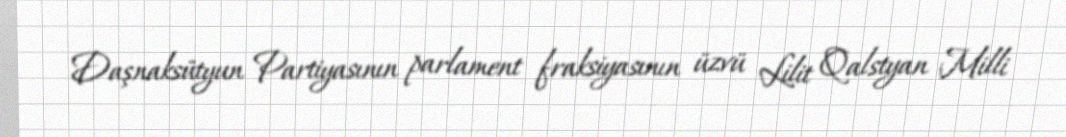
Daşnaksütyun Partiyasının parlament fraksiyasının üzvü Lilit Qalstyan Milli